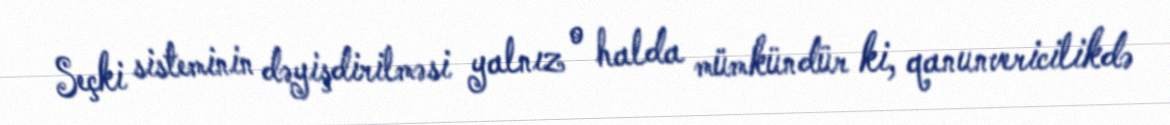
Seçki sisteminin dəyişdirilməsi yalnız o halda mümkündür ki, qanunvericilikdə